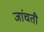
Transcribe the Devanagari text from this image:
जांचती